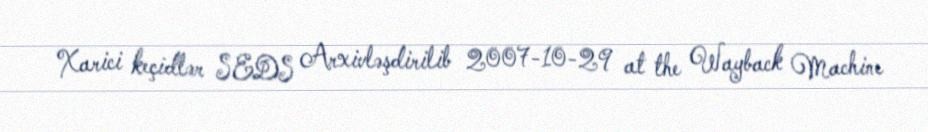
Xarici keçidlər SEDS Arxivləşdirilib 2007-10-29 at the Wayback Machine